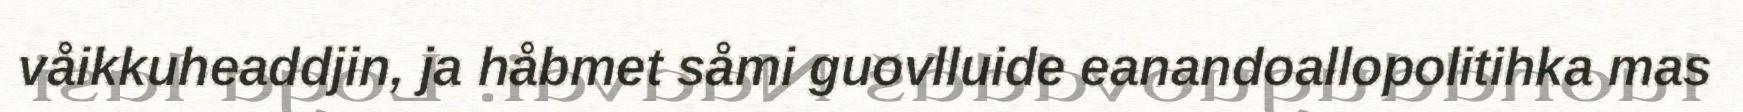
våikkuheaddjin, ja håbmet såmi guovlluide eanandoallopolitihka mas